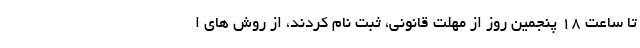
تا ساعت ۱۸ پنجمین روز از مهلت قانونی، ثبت نام کردند، از روش های ا